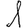
Digit: 1